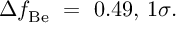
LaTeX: \Delta f _ { \mathrm { B e } } ~ = ~ 0 . 4 9 , \, 1 \sigma .